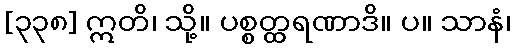
[၃၃၈] ဣတိ၊ သို့။ ပစ္စတ္ထရဏာဒိ။ ပ။ သာနံ၊